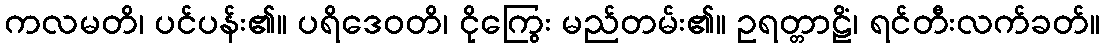
ကလမတိ၊ ပင်ပန်း၏။ ပရိဒေဝတိ၊ ငိုကြွေး မည်တမ်း၏။ ဥရတ္တာဠိံ၊ ရင်တီးလက်ခတ်။